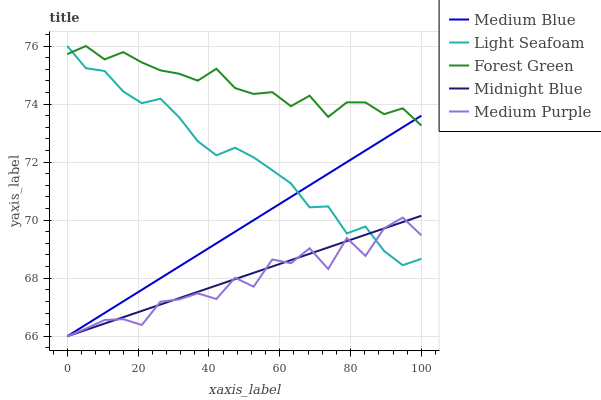
| xaxis_label | Medium Blue | Light Seafoam | Forest Green | Midnight Blue | Medium Purple |
 | --- | --- | --- | --- | --- | --- |
 | 0 | 66 | 76 | 75.7 | 66 | 66 |
 | 5.26 | 66.4 | 75.2 | 76 | 66.2 | 66.3 |
 | 10.5 | 66.8 | 75.1 | 75.5 | 66.4 | 66.6 |
 | 15.8 | 67.2 | 74.4 | 75.8 | 66.7 | 66.6 |
 | 21.1 | 67.6 | 74 | 75.4 | 66.9 | 66.4 |
 | 26.3 | 68 | 74.2 | 75.2 | 67.1 | 67.2 |
 | 31.6 | 68.4 | 73.5 | 75 | 67.3 | 67.3 |
 | 36.8 | 68.8 | 72.7 | 74.8 | 67.5 | 67.5 |
 | 42.1 | 69.2 | 72.2 | 75.2 | 67.7 | 67.3 |
 | 47.4 | 69.6 | 72.5 | 74.6 | 68 | 68 |
 | 52.6 | 70 | 72.2 | 74.3 | 68.2 | 67.7 |
 | 57.9 | 70.4 | 71.7 | 74.4 | 68.4 | 68.6 |
 | 63.2 | 70.8 | 71.3 | 73.9 | 68.6 | 68.5 |
 | 68.4 | 71.2 | 70.4 | 74.3 | 68.8 | 69 |
 | 73.7 | 71.6 | 70.5 | 73.6 | 69.1 | 68.3 |
 | 78.9 | 72 | 69.5 | 74.1 | 69.3 | 69.4 |
 | 84.2 | 72.4 | 69.8 | 74.1 | 69.5 | 68.8 |
 | 89.5 | 72.8 | 68.9 | 73.7 | 69.7 | 69.7 |
 | 94.7 | 73.2 | 68.4 | 73.9 | 69.9 | 70.1 |
 | 100 | 73.6 | 68.7 | 73.3 | 70.2 | 69.5 |